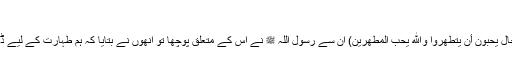
‘‘
یہ آیت اہلِ قبا کے بارے میں نازل ہوئی:(فيه رجال يحبون أن يتطهروا والله يحب المطهرين) ان سے رسول اللہ ﷺ نے اس کے متعلق پوچھا تو انھوں نے بتایا کہ ہم طہارت کے لیے ڈھیلوں کے ساتھ پانی کا بھی استعمال کرتے ہیں۔